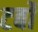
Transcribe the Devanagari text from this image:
टर्बों